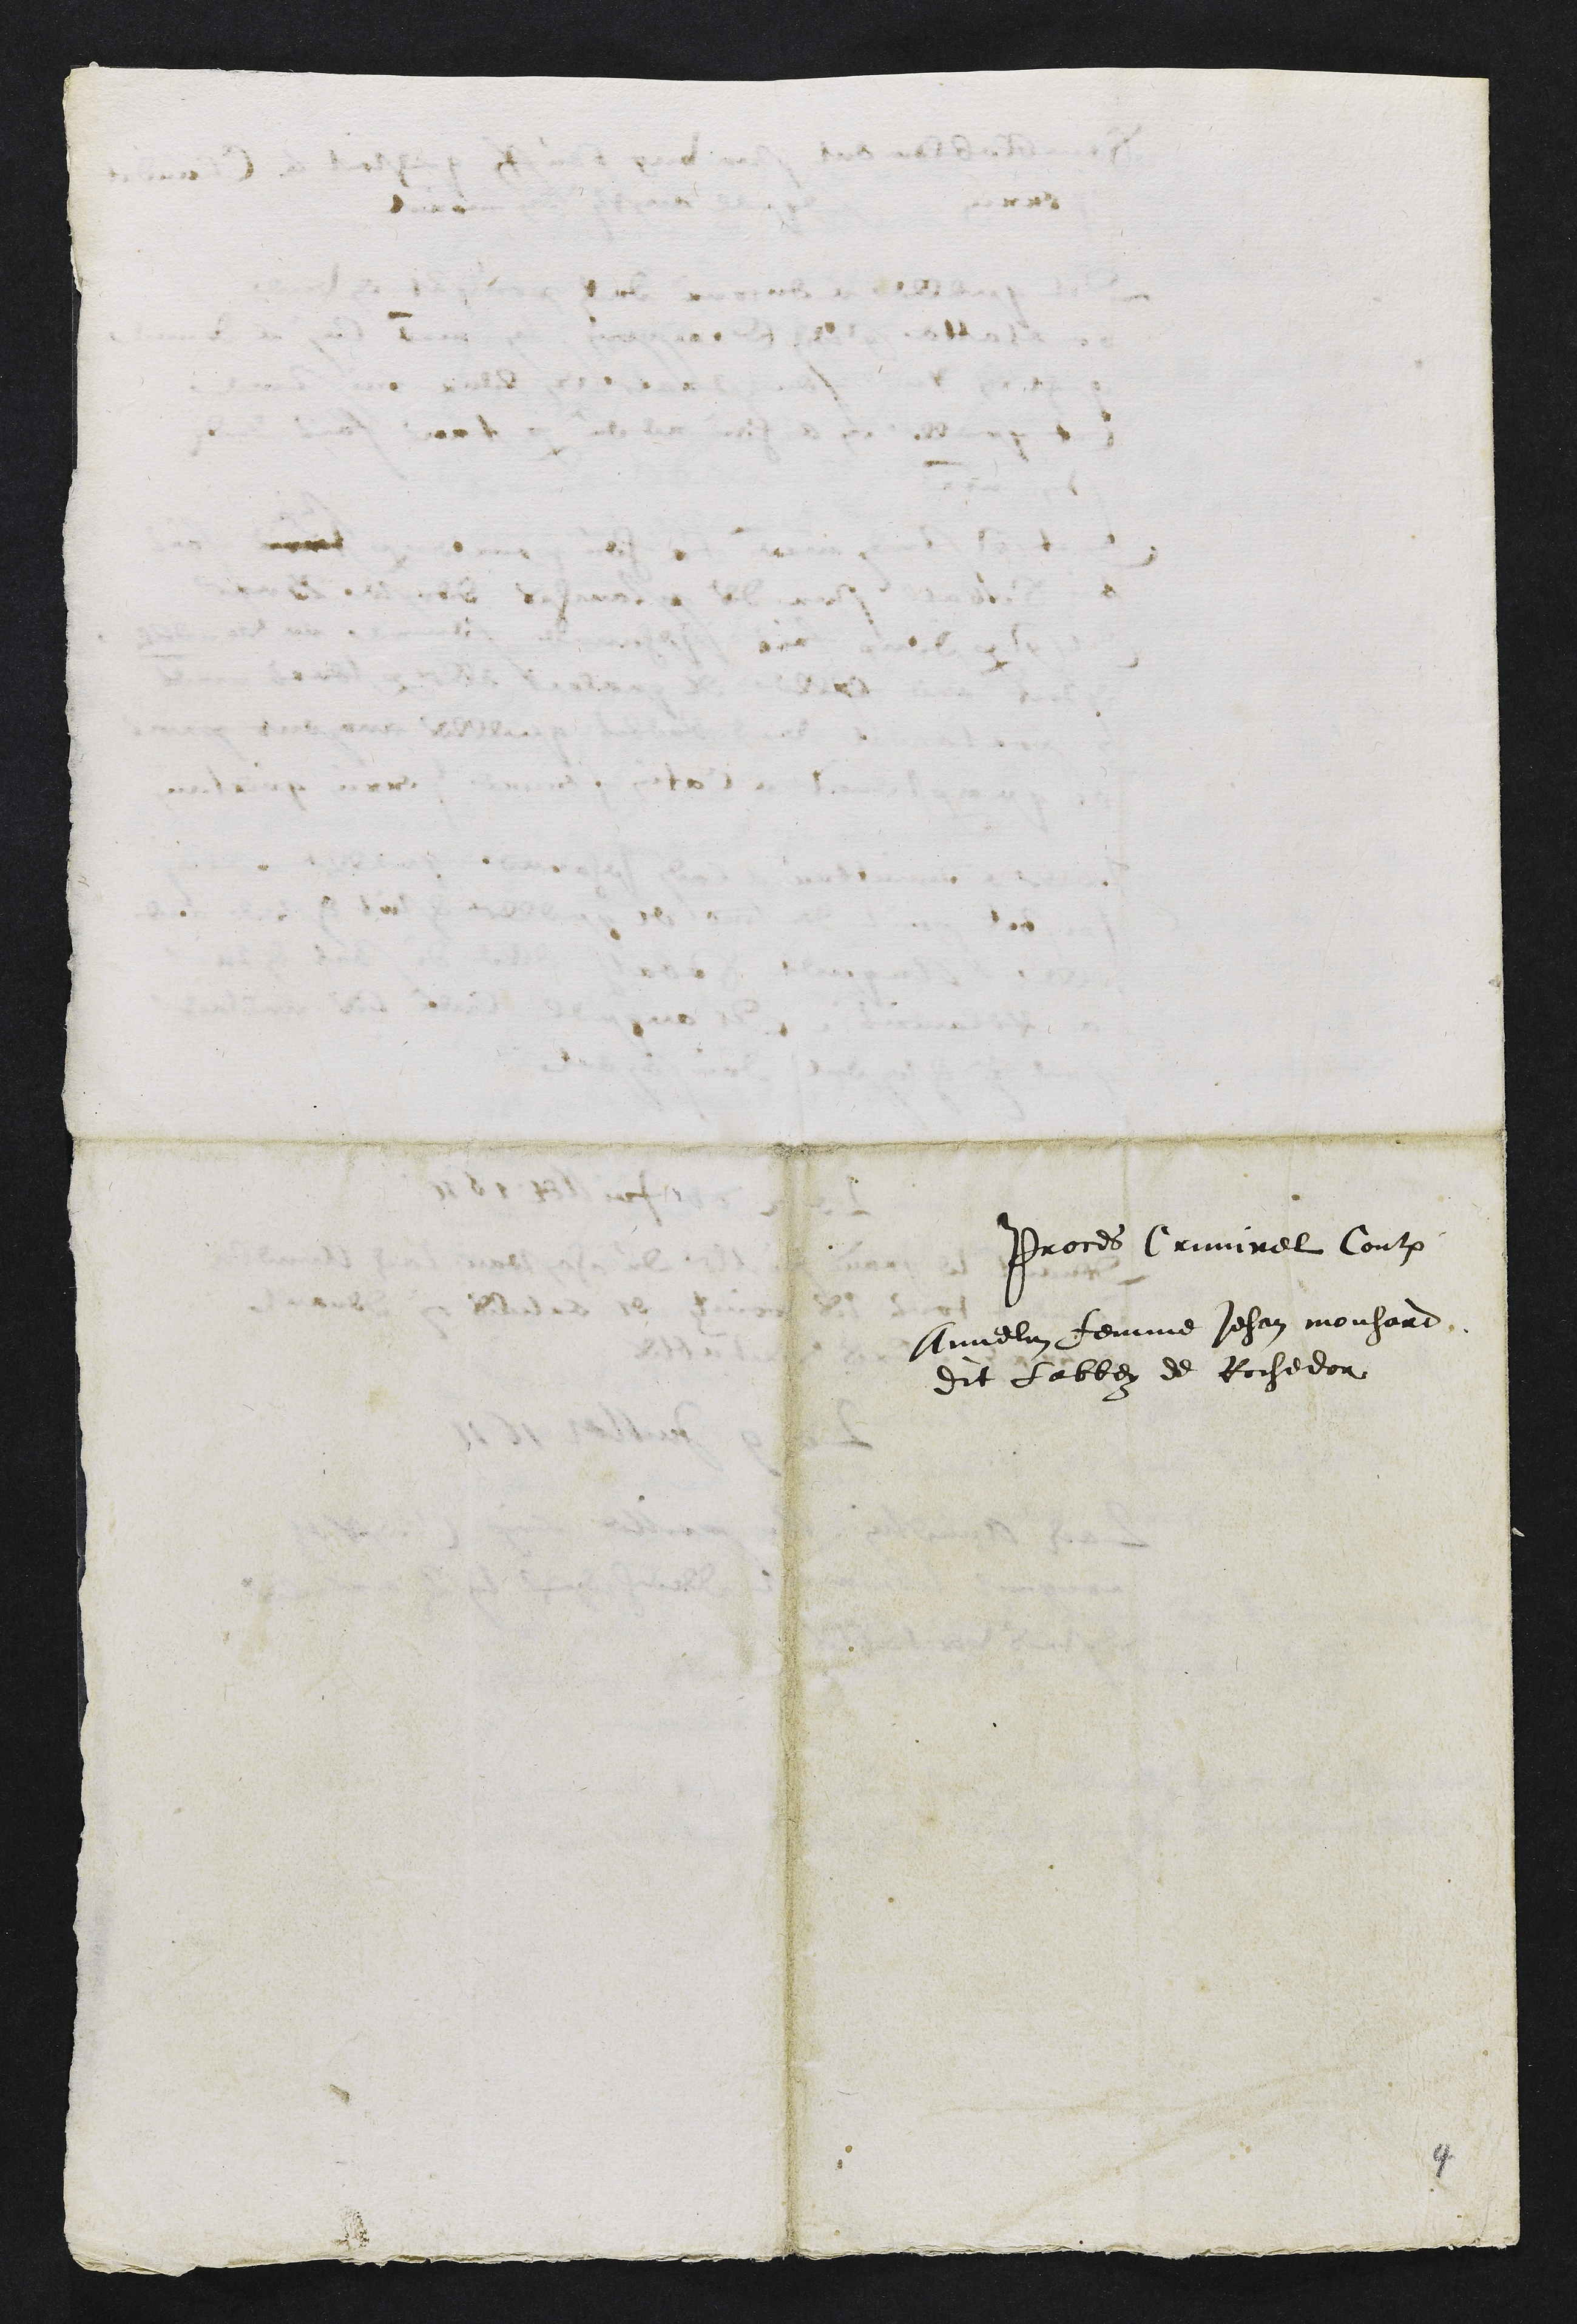
Proces Criminel Contre
Annelin femme Jehan mouhard
Dit Labbey de Rochedon